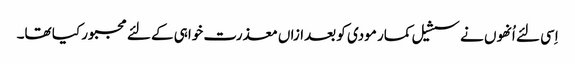
اِسی لئے اُنھوں نے سشیل کمار مودی کو بعدازاں معذرت خواہی کے لئے مجبور کیا تھا۔